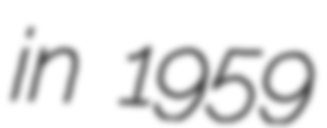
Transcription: in 1959